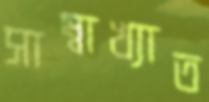
সাম্বাখ্যাত